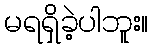
မရရှိခဲ့ပါဘူး။